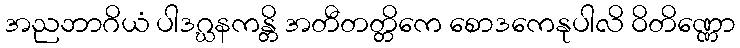
အညဘာဂိယံ ပါဒဂ္ဃနကန္တိ အတီတတ္တိကေ စောဒကေနုပါလိ ဝိတိဏ္ဏော